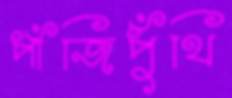
পাঁজিপুঁথি